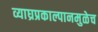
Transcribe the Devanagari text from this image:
व्याघ्रप्रकाल्पानमुळेच